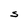
Character: S